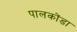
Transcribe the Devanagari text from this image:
पालकोंडा